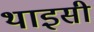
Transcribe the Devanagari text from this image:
थाइसी